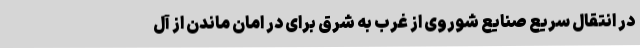
در انتقال سریع صنایع شوروی از غرب به شرق برای در امان ماندن از آل